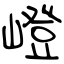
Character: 嶝